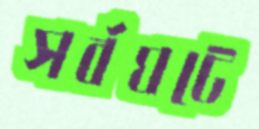
সর্বঘটে